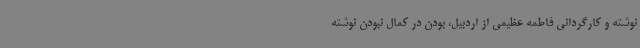
نوشته و کارگردانی فاطمه عظیمی از اردبیل، بودن در کمال نبودن نوشته